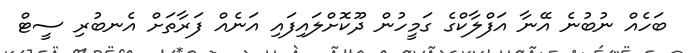
ބަހެއް ނުބުނެ އޭނާ އަފްލާކްގެ ގަމީހުން ދޫކޮށްލައިފައި އަނެއް ފަރާތަށް އެނބުރި ސީޓް